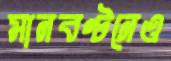
মানবণ্টনেও